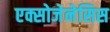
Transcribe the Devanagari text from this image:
एक्सोजेनेसिस